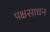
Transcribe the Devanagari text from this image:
पक्षसाधन